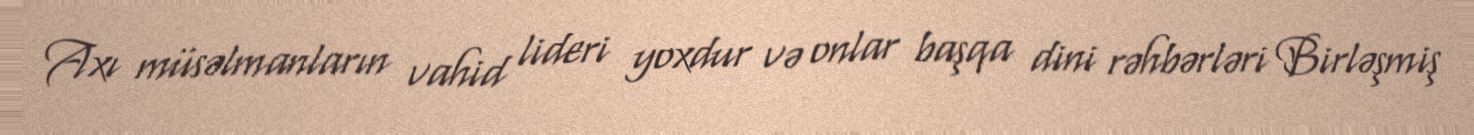
Axı müsəlmanların vahid lideri yoxdur və onlar başqa dini rəhbərləri Birləşmiş